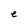
Character: e